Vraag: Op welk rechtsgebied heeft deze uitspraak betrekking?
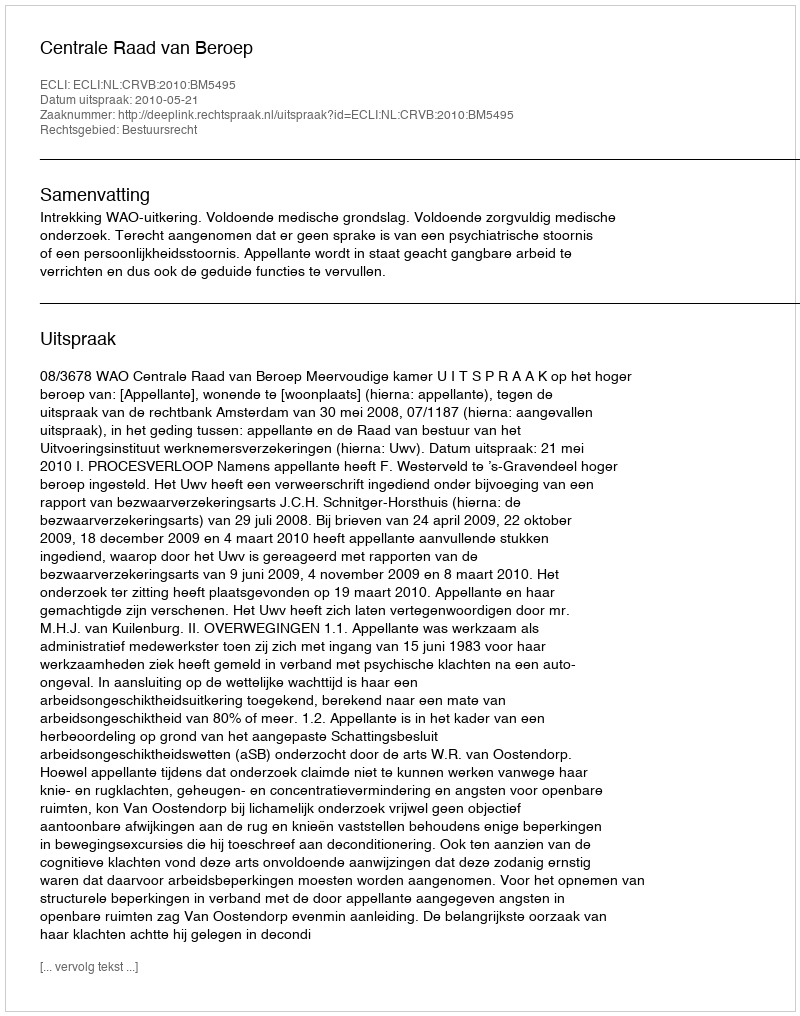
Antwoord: Bestuursrecht